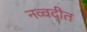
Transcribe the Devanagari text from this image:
नव्वदीत